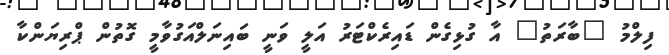
ފިލްމު "ބާރަތު" އާ ގުޅިގެން ޑައިރެކްޓަރު އަލީ ވަނީ ބައިނަލްއަގުވާމީ ގޮތުން ޕްރިޔަންކާ